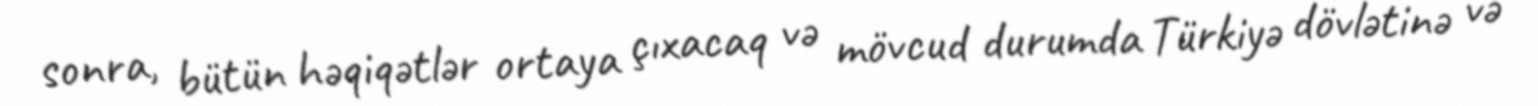
sonra, bütün həqiqətlər ortaya çıxacaq və mövcud durumda Türkiyə dövlətinə və